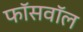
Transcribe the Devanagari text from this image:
फॉसवॉल